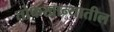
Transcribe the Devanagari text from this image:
तोफखान्यातील